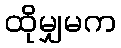
ထိုမျှမက